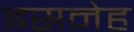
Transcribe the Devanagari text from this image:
इसनेह